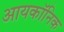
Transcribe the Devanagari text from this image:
आयकॉनिक